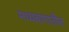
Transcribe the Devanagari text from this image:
मध्यबागातील